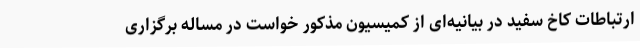
ارتباطات کاخ سفید در بیانیه‌ای از کمیسیون مذکور خواست در مساله برگزاری